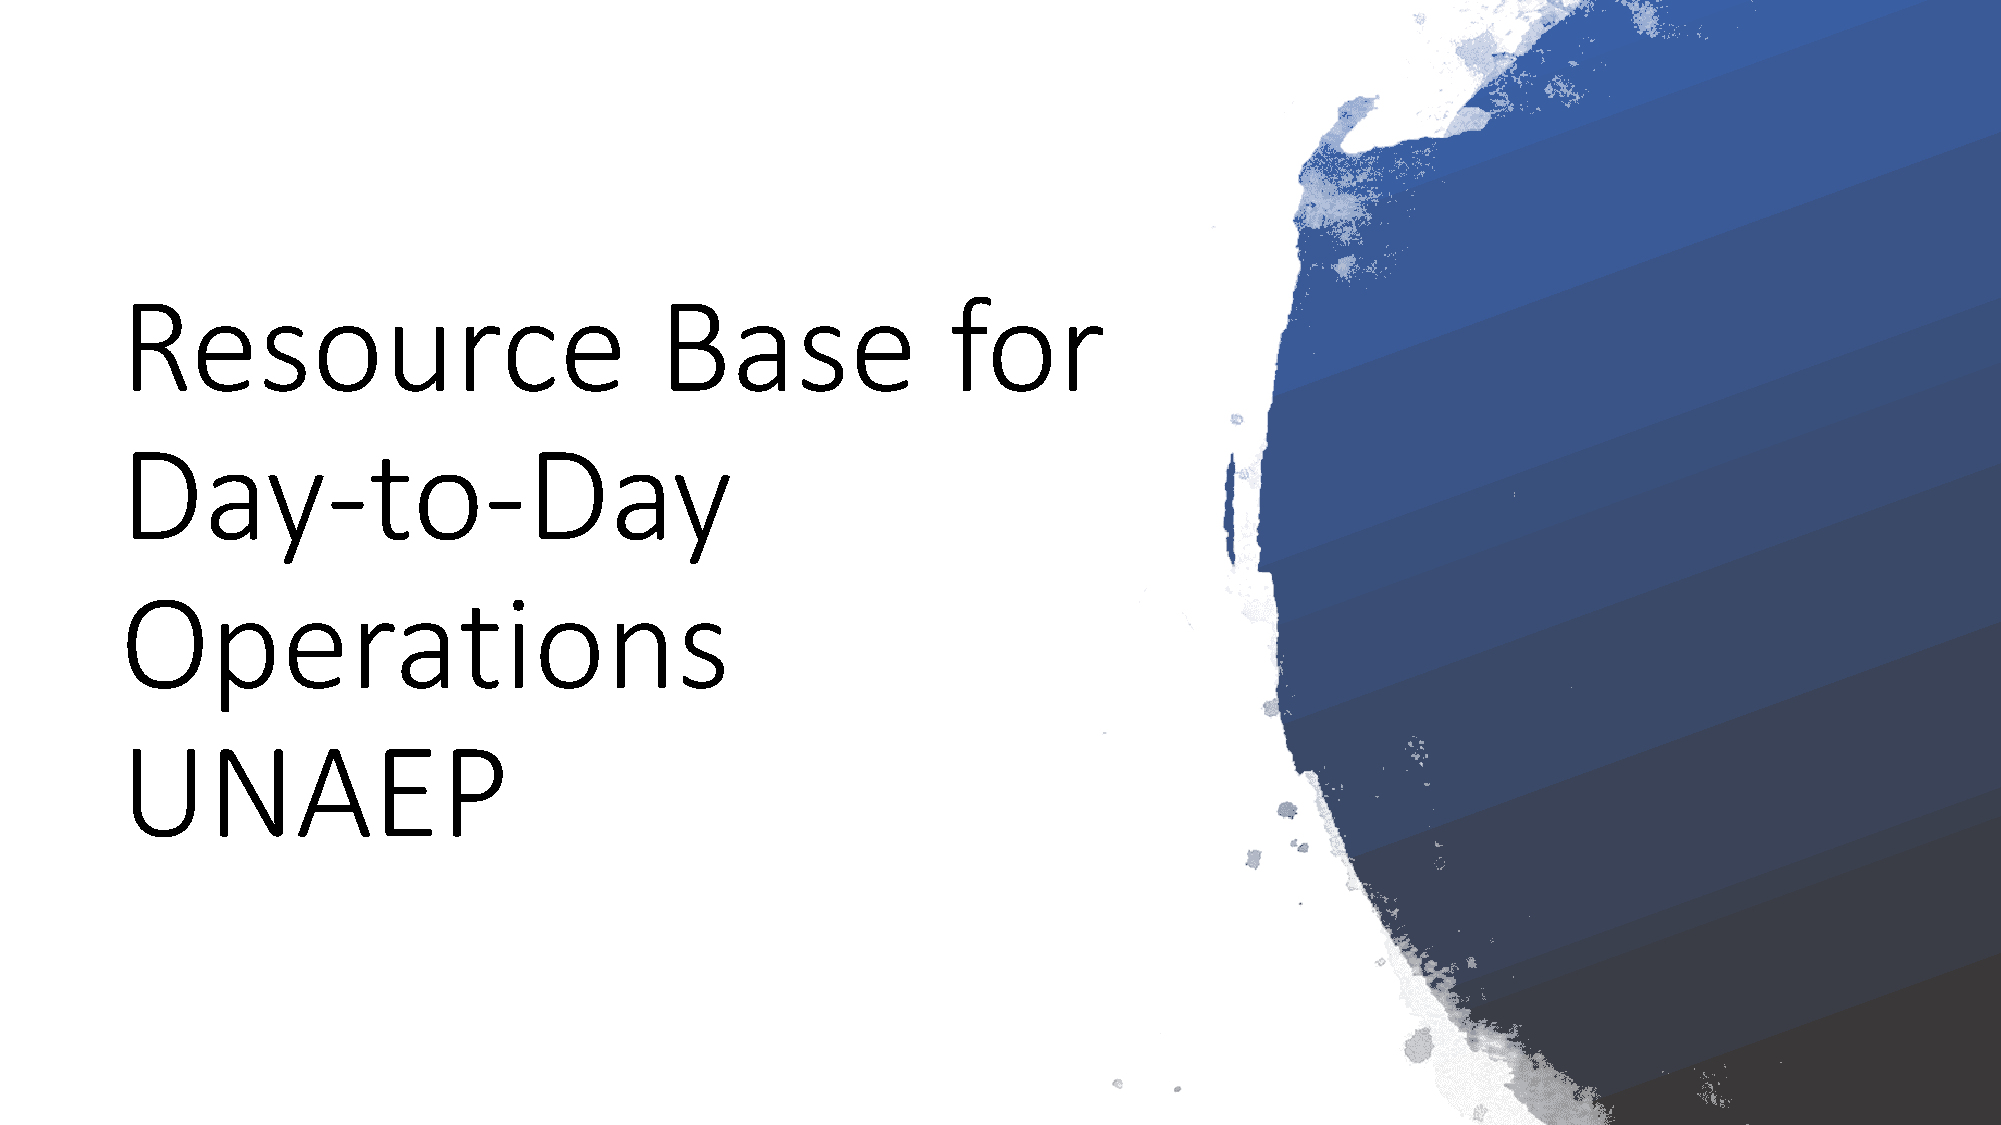
Resource                            Base               for
 Day-to-Day
 Operations
 UNAEP